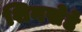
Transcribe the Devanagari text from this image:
शिनखेडे